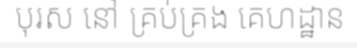
បុរស នៅ គ្រប់គ្រង គេហដ្ឋាន